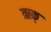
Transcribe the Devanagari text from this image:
ऋक्‌